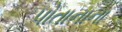
પોતાનાના